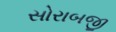
સોરાબજી